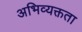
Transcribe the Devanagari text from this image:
अभिव्यक्तता